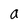
Character: a